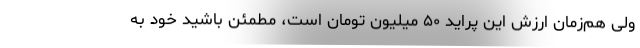
ولی هم‌زمان ارزش این پراید ۵۰ میلیون تومان است، مطمئن باشید خود به